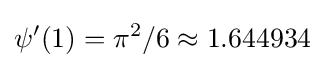
\psi '(1)=\pi ^{2}/6\approx 1.644934